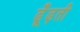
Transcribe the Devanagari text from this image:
ढूँढ़ती